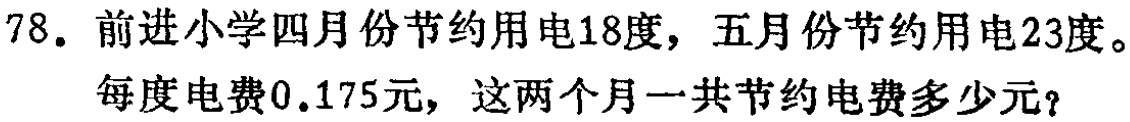
78. 前进小学四月份节约用电18度，五月份节约用电23度。

每度电费0.175元，这两个月一共节约电费多少元？